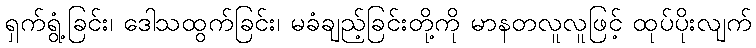
ရှက်ရွံ့ခြင်း၊ ဒေါသထွက်ခြင်း၊ မခံချည့်ခြင်းတို့ကို မာနတလူလူဖြင့် ထုပ်ပိုးလျက်